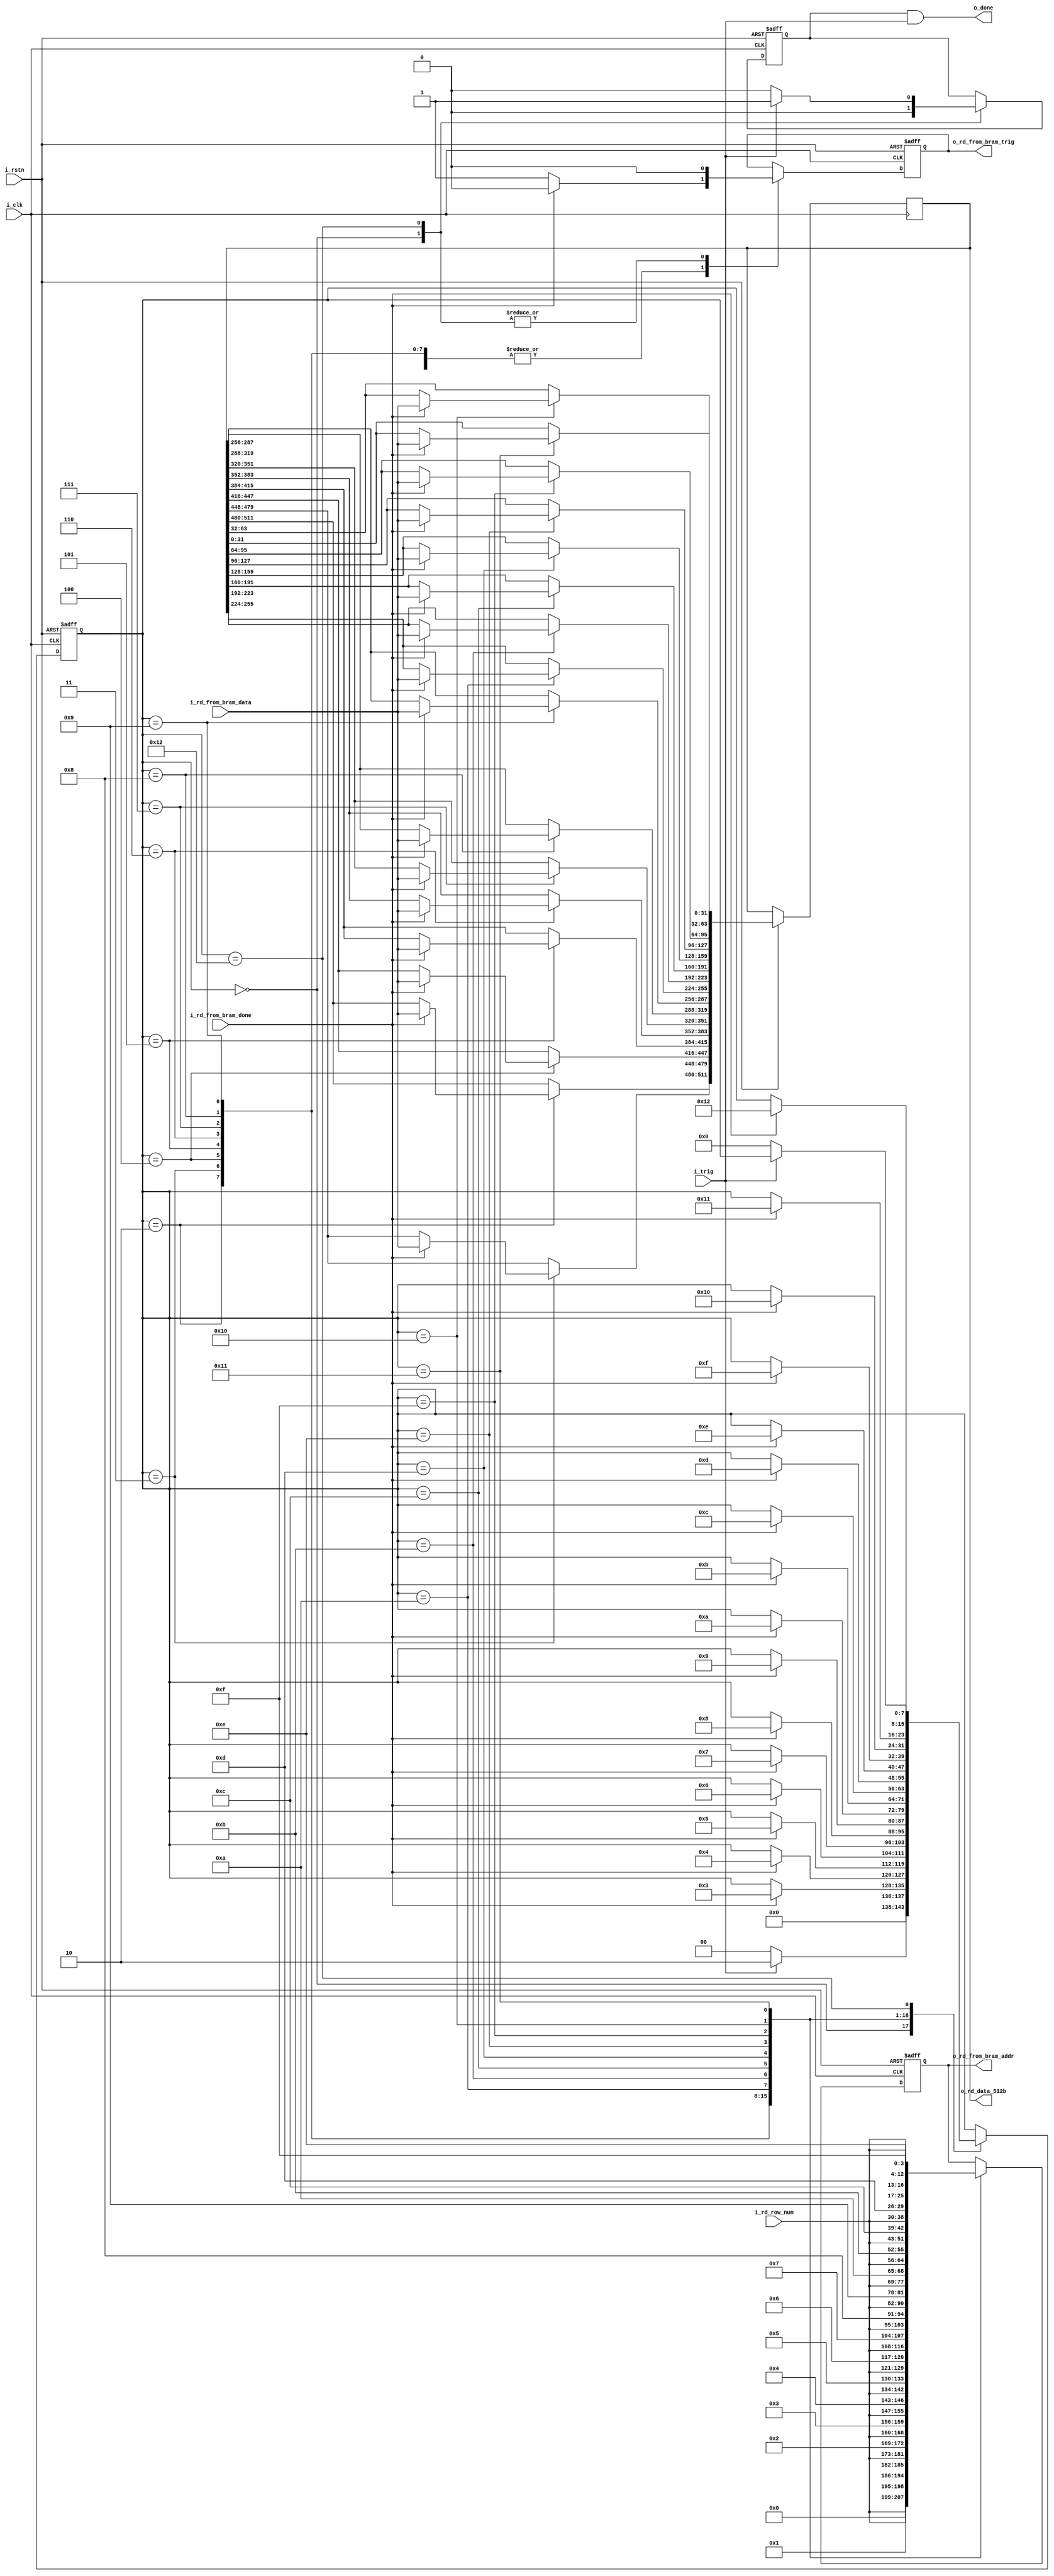

//`define debug_mode

module rd_512b_from_bram(
	i_clk,
	i_rstn,
	i_trig,
	o_done,
	i_rd_row_num, // 0-511, 9bit
	o_rd_data_512b, //512bit
	// Below to TOP BRAM rd controller
	o_rd_from_bram_addr, //13bit
	i_rd_from_bram_data, //32bit
	o_rd_from_bram_trig,
	i_rd_from_bram_done
	// `ifdef debug_mode
	// ,debug_port
	// `endif
    );
	
	input 				i_clk;
	input 				i_rstn;
	input 				i_trig;
	output  			o_done;
	input [8:0] 		i_rd_row_num; // 0-511; 9bit
	output reg [511:0] 	o_rd_data_512b; //512bit
	output reg [12:0] 	o_rd_from_bram_addr; //13bit
	input [31:0] 		i_rd_from_bram_data; //32bit
	output reg 			o_rd_from_bram_trig;
	input 				i_rd_from_bram_done;
	
	`ifdef debug_mode
	output [127:0] debug_port;
	`endif
	
	// GUIDELINE: o_done must be pull-down when i_trig is down!!!
	reg o_done_pre;
	assign o_done = o_done_pre & i_trig;
	
	reg [7:0] sm_state;
	localparam	IDLE=0,
			//	LOAD_DATA=1,
				DWORD1=2,
				DWORD2=3,
				DWORD3=4,
				DWORD4=5,
				DWORD5=6,
				DWORD6=7,
				DWORD7=8,
				DWORD8=9,
				DWORD9=10,
				DWORD10=11,
				DWORD11=12,
				DWORD12=13,
				DWORD13=14,
				DWORD14=15,
				DWORD15=16,
				DWORD16=17,
				DONE=18;
	always@(posedge i_clk or negedge i_rstn) begin
		if (i_rstn == 1'b0)
			begin
				o_rd_from_bram_addr <= 9'd0;
				o_rd_from_bram_trig <= 1'b0;
				sm_state <= IDLE;
				o_done_pre <= 1'b0;
			end
		else
			case (sm_state)
				IDLE: 
					// GUIDELINE
					// (1) in IDLE, done signal to be reset but o_data should not be touched!!
					// (2) in IDLE, IP under control should pull-down trig signal
					begin
						o_done_pre <= 1'b0;
						o_rd_from_bram_trig <= 1'b0;
						
						if (i_trig==1'b1)
							sm_state <= DWORD1;
						else
							sm_state <= IDLE;
						
					end
				DWORD1:
					begin
						o_rd_from_bram_trig <= 1'b1;
						o_rd_from_bram_addr <= {i_rd_row_num, 4'b0000};
						
						if (i_rd_from_bram_done == 1'b1)
							begin
								//GUIDELINE: after IP o_done asserted, should deactivate IP i_trig
								o_rd_from_bram_trig <= 1'b0;
								o_rd_data_512b[511:480] <= i_rd_from_bram_data;
								sm_state <= DWORD2;
							end
					end
				DWORD2:
					begin
						o_rd_from_bram_trig <= 1'b1;
						o_rd_from_bram_addr <= {i_rd_row_num, 4'd1};
						
						if (i_rd_from_bram_done == 1'b1)
							begin
								//after DONE asserted, should deactivate 'trig' of IP under control
								o_rd_from_bram_trig <= 1'b0;
								o_rd_data_512b[479:448] <= i_rd_from_bram_data;
								sm_state <= DWORD3;
							end
					end
				DWORD3:
					begin
						o_rd_from_bram_trig <= 1'b1;
						o_rd_from_bram_addr <= {i_rd_row_num, 4'd2};
					
						if (i_rd_from_bram_done == 1'b1)
							begin
								//after DONE asserted, should deactivate 'trig' of IP under control
								o_rd_from_bram_trig <= 1'b0;
								o_rd_data_512b[447:416] <= i_rd_from_bram_data;
								sm_state <= DWORD4;
							end
					end
				DWORD4:
					begin
						o_rd_from_bram_trig <= 1'b1;
						o_rd_from_bram_addr <= {i_rd_row_num, 4'd3};
					
						if (i_rd_from_bram_done == 1'b1)
							begin
								//after DONE asserted, should deactivate 'trig' of IP under control
								o_rd_from_bram_trig <= 1'b0;
								o_rd_data_512b[415:384] <= i_rd_from_bram_data;
								sm_state <= DWORD5;
							end
					end
				DWORD5:
					begin
						o_rd_from_bram_trig <= 1'b1;
						o_rd_from_bram_addr <= {i_rd_row_num, 4'd4};
					
						if (i_rd_from_bram_done == 1'b1)
							begin
								//after DONE asserted, should deactivate 'trig' of IP under control
								o_rd_from_bram_trig <= 1'b0;
								o_rd_data_512b[383:352] <= i_rd_from_bram_data;
								sm_state <= DWORD6;
							end
					end
				DWORD6:
					begin
						o_rd_from_bram_trig <= 1'b1;
						o_rd_from_bram_addr <= {i_rd_row_num, 4'd5};
				
						if (i_rd_from_bram_done == 1'b1)
							begin
								//after DONE asserted, should deactivate 'trig' of IP under control
								o_rd_from_bram_trig <= 1'b0;
								o_rd_data_512b[351:320] <= i_rd_from_bram_data;
								sm_state <= DWORD7;
							end
					end
				DWORD7:
					begin
						o_rd_from_bram_trig <= 1'b1;
						o_rd_from_bram_addr <= {i_rd_row_num, 4'd6};
			
						if (i_rd_from_bram_done == 1'b1)
							begin
								//after DONE asserted, should deactivate 'trig' of IP under control
								o_rd_from_bram_trig <= 1'b0;
								o_rd_data_512b[319:288] <= i_rd_from_bram_data;
								sm_state <= DWORD8;
							end
					end
				DWORD8:
					begin
						o_rd_from_bram_trig <= 1'b1;
						o_rd_from_bram_addr <= {i_rd_row_num, 4'd7};
				
						if (i_rd_from_bram_done == 1'b1)
							begin
								//after DONE asserted, should deactivate 'trig' of IP under control
								o_rd_from_bram_trig <= 1'b0;
								o_rd_data_512b[287:256] <= i_rd_from_bram_data;
								sm_state <= DWORD9;
							end
					end
				DWORD9:
					begin
						o_rd_from_bram_trig <= 1'b1;
						o_rd_from_bram_addr <= {i_rd_row_num, 4'd8};
			
						if (i_rd_from_bram_done == 1'b1)
							begin
								//after DONE asserted, should deactivate 'trig' of IP under control
								o_rd_from_bram_trig <= 1'b0;
								o_rd_data_512b[255:224] <= i_rd_from_bram_data;
								sm_state <= DWORD10;
							end
					end
				DWORD10:
					begin
						o_rd_from_bram_trig <= 1'b1;
						o_rd_from_bram_addr <= {i_rd_row_num, 4'd9};
				
						if (i_rd_from_bram_done == 1'b1)
							begin
								//after DONE asserted, should deactivate 'trig' of IP under control
								o_rd_from_bram_trig <= 1'b0;
								o_rd_data_512b[223:192] <= i_rd_from_bram_data;
								sm_state <= DWORD11;
							end
					end
				DWORD11:
					begin
						o_rd_from_bram_trig <= 1'b1;
						o_rd_from_bram_addr <= {i_rd_row_num, 4'd10};
	
						if (i_rd_from_bram_done == 1'b1)
							begin
								//after DONE asserted, should deactivate 'trig' of IP under control
								o_rd_from_bram_trig <= 1'b0;
								o_rd_data_512b[191:160] <= i_rd_from_bram_data;
								sm_state <= DWORD12;
							end
					end
				DWORD12:
					begin
						o_rd_from_bram_trig <= 1'b1;
						o_rd_from_bram_addr <= {i_rd_row_num, 4'd11};
				
						if (i_rd_from_bram_done == 1'b1)
							begin
								//after DONE asserted, should deactivate 'trig' of IP under control
								o_rd_from_bram_trig <= 1'b0;
								o_rd_data_512b[159:128] <= i_rd_from_bram_data;
								sm_state <= DWORD13;
							end
					end
				DWORD13:
					begin
						o_rd_from_bram_trig <= 1'b1;
						o_rd_from_bram_addr <= {i_rd_row_num, 4'd12};
					
						if (i_rd_from_bram_done == 1'b1)
							begin
								//after DONE asserted, should deactivate 'trig' of IP under control
								o_rd_from_bram_trig <= 1'b0;
								o_rd_data_512b[127:96] <= i_rd_from_bram_data;
								sm_state <= DWORD14;
							end
					end
				DWORD14:
					begin
						o_rd_from_bram_trig <= 1'b1;
						o_rd_from_bram_addr <= {i_rd_row_num, 4'd13};
		
						if (i_rd_from_bram_done == 1'b1)
							begin
								//after DONE asserted, should deactivate 'trig' of IP under control
								o_rd_from_bram_trig <= 1'b0;
								o_rd_data_512b[95:64] <= i_rd_from_bram_data;
								sm_state <= DWORD15;
							end
					end
				DWORD15:
					begin
						o_rd_from_bram_trig <= 1'b1;
						o_rd_from_bram_addr <= {i_rd_row_num, 4'd14};
					
						if (i_rd_from_bram_done == 1'b1)
							begin
								//after DONE asserted, should deactivate 'trig' of IP under control
								o_rd_from_bram_trig <= 1'b0;
								o_rd_data_512b[63:32] <= i_rd_from_bram_data;
								sm_state <= DWORD16;
							end
					end
				DWORD16:
					begin
						o_rd_from_bram_trig <= 1'b1;
						o_rd_from_bram_addr <= {i_rd_row_num, 4'd15};
					
						if (i_rd_from_bram_done == 1'b1)
							begin
								//after DONE asserted, should deactivate 'trig' of IP under control
								o_rd_from_bram_trig <= 1'b0;
								o_rd_data_512b[31:0] <= i_rd_from_bram_data;
								sm_state <= DONE;
							end
					end
				DONE:
					begin
						
						o_rd_from_bram_trig <= 1'b0;
						o_done_pre <= 1'b1;
						if (i_trig == 1'b0) begin
							//GUIDELINE: after 'trig' deactivated, DONE signal should be de-asserted
							sm_state <= IDLE;
							o_done_pre <= 1'b0;
						end
					end
				
			endcase
	
	end
	
	`ifdef debug_mode
	assign debug_port[7:0] = sm_state;
	assign debug_port[39:8] = i_rd_from_bram_data;
	`endif
	
endmodule